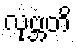
လုဗ္ဘတိ